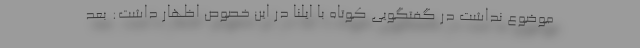
موضوع نداشت در گفتگویی کوتاه با ایلنا در این خصوص اظهار داشت: بعد